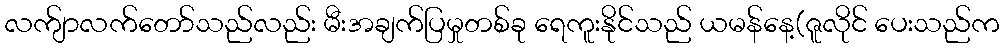
လက်ျာလက်တော်သည်လည်း မီးအချက်ပြမှုတစ်ခု ရေကူးနိုင်သည် ယမန်နေ့(ဇူလိုင် ပေးသည်က